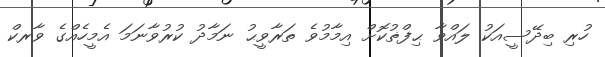
ހުރި ބިދޭސީއަކު ލައްވާ ޙިފްޡުކޮށް އިމާމުވެ ތަރާވީޙު ނަމާދު ކުރުވާނަމަ އެމީހެއްގެ ވާރކް